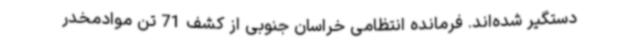
دستگیر شده‌اند. فرمانده انتظامی خراسان جنوبی از کشف 71 تن موادمخدر